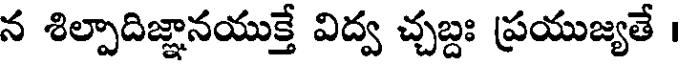
న శిల్పాదిజ్ఞానయుక్తే విద్వ చ్చబ్దః ప్రయుజ్యతే ।